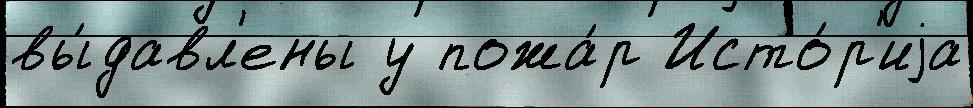
вы́давл'ены у пожа́р Исто́р'иjа